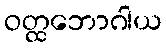
ဝတ္ထဘောဂါယ